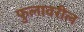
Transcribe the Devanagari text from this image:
फुलावरील